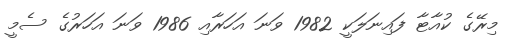
މިރޭގެ ކުއާޓާ ފައިނަލަކީ 1982 ވަނަ އަހަރާއި 1986 ވަނަ އަހަރުގެ ސެމީ